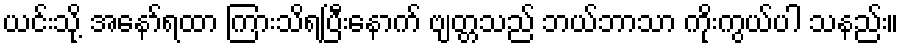
ယင်းသို့ အနော်ရထာ ကြားသိရပြီးနောက် ဗျတ္တသည် ဘယ်ဘာသာ ကိုးကွယ်ပါ သနည်း။